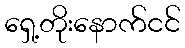
ရှေ့တိုးနောက်ငင်